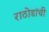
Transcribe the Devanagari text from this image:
राठोडांची